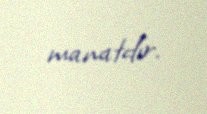
manatdır.